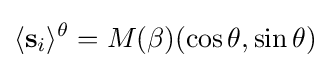
\langle \mathbf {s} _{i}\rangle ^{\theta }=M(\beta )(\cos \theta ,\sin \theta )